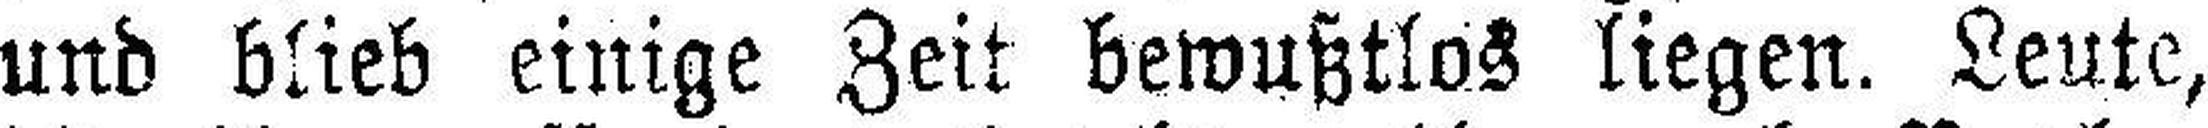
und blieb einige Zeit bewußtlos liegen. Leute,